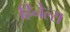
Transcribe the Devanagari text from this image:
हिनेल्स